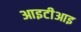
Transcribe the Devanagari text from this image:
आइटीआइ